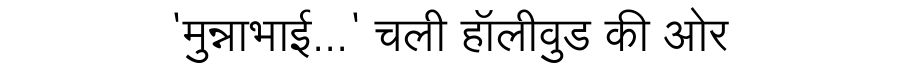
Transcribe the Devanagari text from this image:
'मुन्नाभाई...' चली हॉलीवुड की ओर